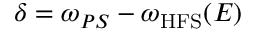
\delta = \omega _ { P S } - \omega _ { \mathrm { { H F S } } } ( E )